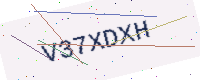
Text: V37XDXH